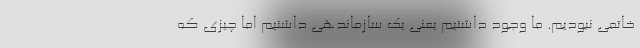
خاتمی نبودیم. ما وجود داشتیم یعنی یک سازماندهی داشتیم اما چیزی که